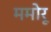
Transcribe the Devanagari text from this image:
ममोरू